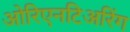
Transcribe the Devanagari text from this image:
ओरिएनटिअरिंग